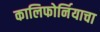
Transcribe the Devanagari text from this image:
कालिफोर्नियाचा